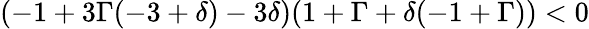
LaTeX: (-1+3\Gamma(-3+\delta)-3\delta)(1+\Gamma+\delta(-1+\Gamma))<0